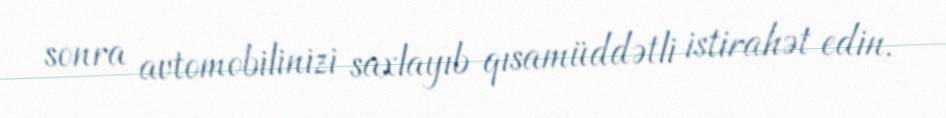
sonra avtomobilinizi saxlayıb qısamüddətli istirahət edin.